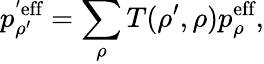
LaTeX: p_{\rho^{\prime}}^{'\textrm{eff}}=\sum_{\rho}T(\rho^{\prime},\rho)p_{\rho}^{\textrm{eff}},